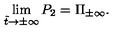
\lim _ { \tilde { t } \to \pm \infty } P _ { 2 } = \Pi _ { \pm \infty } .